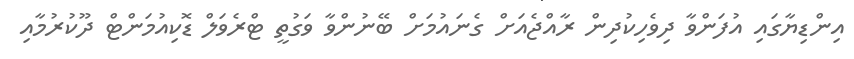
އިންޑިޔާގައި އުފަންވާ ދިވެހިކުދިން ރާއްޖެއަށް ގެނައުމަށް ބޭނުންވާ ވަގުތީ ޓްރެވަލް ޑޮކިއުމަންޓް ދޫކުރުމާއި